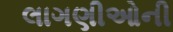
લાગણીઓની